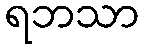
ရဘသာ